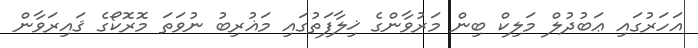
އަހަރުގައި ޢަބުދުލް މަލިކް ބިން މަރުވާންގެ ޚިލާފަތުގައި މަޣުރިބު ނުވަތަ މޮރޮކޯގެ ޤައިރަވާން